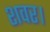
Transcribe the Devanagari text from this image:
शवर।